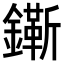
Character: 𨭠